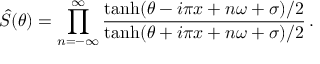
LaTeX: \hat { S } ( \theta ) = \prod _ { n = - \infty } ^ { \infty } \frac { \operatorname { t a n h } ( \theta - i \pi x + n \omega + \sigma ) / 2 } { \operatorname { t a n h } ( \theta + i \pi x + n \omega + \sigma ) / 2 } \, .